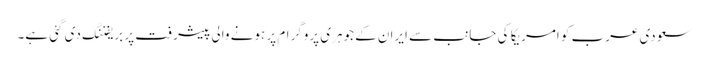
سعودی عرب کو امریکا کی جانب سے ایران کے جوہری پروگرام پر ہونے والی پیشرفت پر بریفننگ دی گئی ہے۔